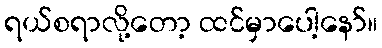
ရယ်စရာလို့တော့ ထင်မှာပေါ့နော်။